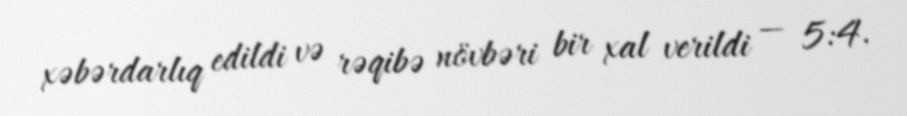
xəbərdarlıq edildi və rəqibə növbəri bir xal verildi — 5:4.